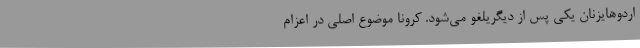
اردوهایزنان یکی پس از دیگریلغو می‌شود. کرونا موضوع اصلی در اعزام